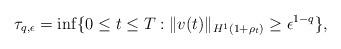
LaTeX: \begin{align*}\tau_{q, \epsilon} = \inf \{ 0\leq t \leq T: \|v(t)\|_{H^1(1+\rho_t)} \geq \epsilon^{1-q}\},\end{align*}